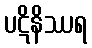
ပဋိနိဿရ